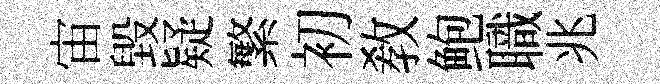
宙毀疑繁初教鲍職兆